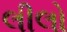
લીલો